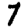
Digit: 7